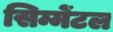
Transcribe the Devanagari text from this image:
सिम्मेंटल